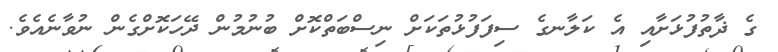
ގެ ޛާތުފުޅަށާއި އެ ކަލާނގެ ސިފަފުޅުތަކަށް ނިސްބަތްކޮށް ބުނުމުން ދޭހަކޮށްގެން ނުވާނެއެވެ.